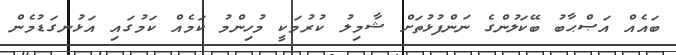
ބައެއް އަޞްޙާބު ބޭކަލުންގެ ނަންފުޅުތަށް ޝާމިލު ކުރުމަކީ މުހިންމު ކަމެއް ކަމުގައި އަޅުނގަޑުމެން